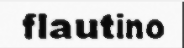
flautino